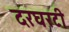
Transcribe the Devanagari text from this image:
दरघरटी